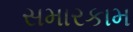
સમારકામ